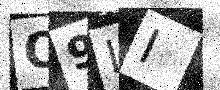
Text: O9LI